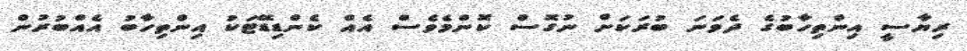
ރިޔާސީ އިންތިހާބުގެ ދެވަނަ ބުރަކަށް ނުގޮސް ކޮންމެވެސް އެއް ކެންޑިޑޭޓަކު އިންތިހާބު އެއްބުރުން